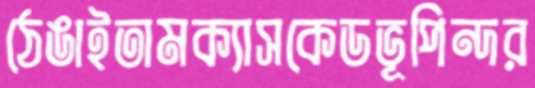
ঠেঙাইতামক্যাসকেডভূপিন্দর